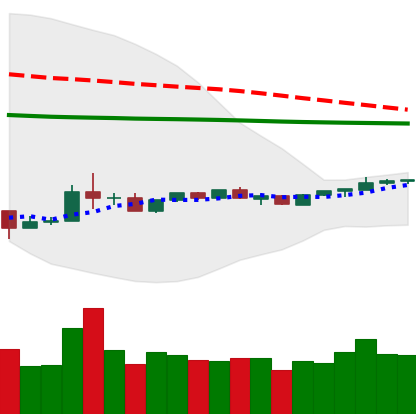
Ticker: ADA-USD
Chart end date: 2020-04-04
Forward return: 11.361%
Label: up_7plus